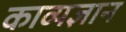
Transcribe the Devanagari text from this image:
काव्यज्ञान